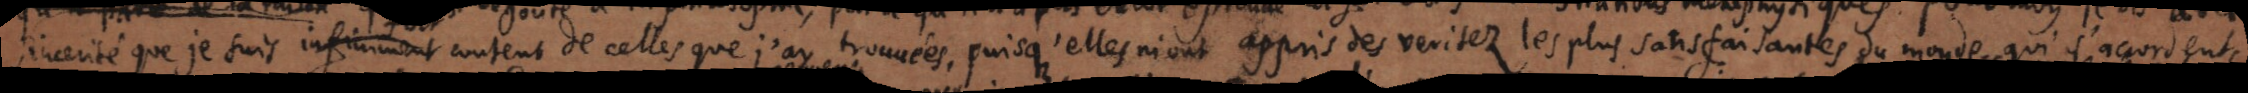
sincérité que je suis infiniment content de celles que j’ay trouvées, puisqu’elles m’ont appris des véritez les plus satisfaisantes du monde qui s’accordent